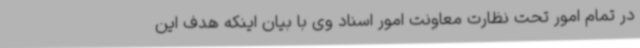
در تمام امور تحت نظارت معاونت امور اسناد وی با بیان اینکه هدف این